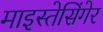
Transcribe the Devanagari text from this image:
माइस्तेसिंगेर